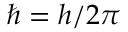
\hbar = { h } / { 2 \pi }